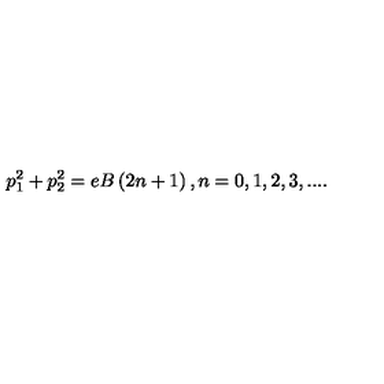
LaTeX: p _ { 1 } ^ { 2 } + p _ { 2 } ^ { 2 } = e B \left( 2 n + 1 \right) , n = 0 , 1 , 2 , 3 , . . . .